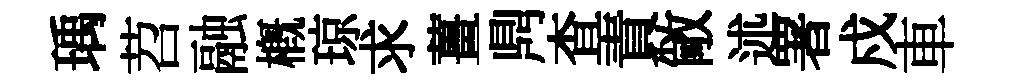
瑀苕融概琼求薑𪔂查責敞述署戍車